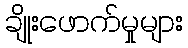
ချိုးဖောက်မှုများ